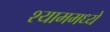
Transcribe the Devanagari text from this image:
श्याममध्ये